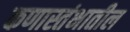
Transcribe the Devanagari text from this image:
कणास्तंभातील